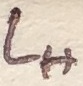
Text: LH